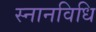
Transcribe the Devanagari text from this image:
स्नानविधि